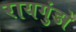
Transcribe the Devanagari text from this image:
रायगुंडो